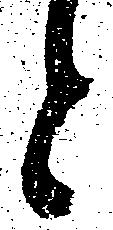
と